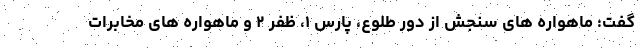
گفت: ماهواره های سنجش از دور طلوع، پارس ۱، ظفر ۲ و ماهواره های مخابرات